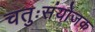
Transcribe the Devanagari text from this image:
चतुःसंयोजक